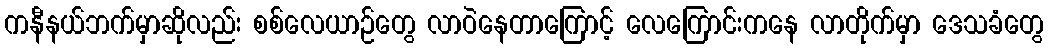
ကနီနယ်ဘက်မှာဆိုလည်း စစ်လေယာဉ်တွေ လာဝဲနေတာကြောင့် လေကြောင်းကနေ လာတိုက်မှာ ဒေသခံတွေ